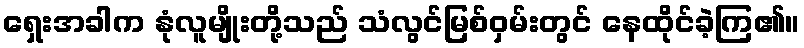
ရှေးအခါက နုံလူမျိုးတို့သည် သံလွင်မြစ်ဝှမ်းတွင် နေထိုင်ခဲ့ကြ၏။